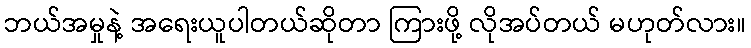
ဘယ်အမှုနဲ့ အရေးယူပါတယ်ဆိုတာ ကြားဖို့ လိုအပ်တယ် မဟုတ်လား။